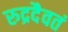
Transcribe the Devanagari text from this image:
रुद्रदैवतं